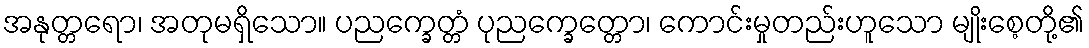
အနုတ္တရော၊ အတုမရှိသော။ ပညက္ခေတ္တံ ပုညက္ခေတ္တော၊ ကောင်းမှုတည်းဟူသော မျိုးစေ့တို့၏